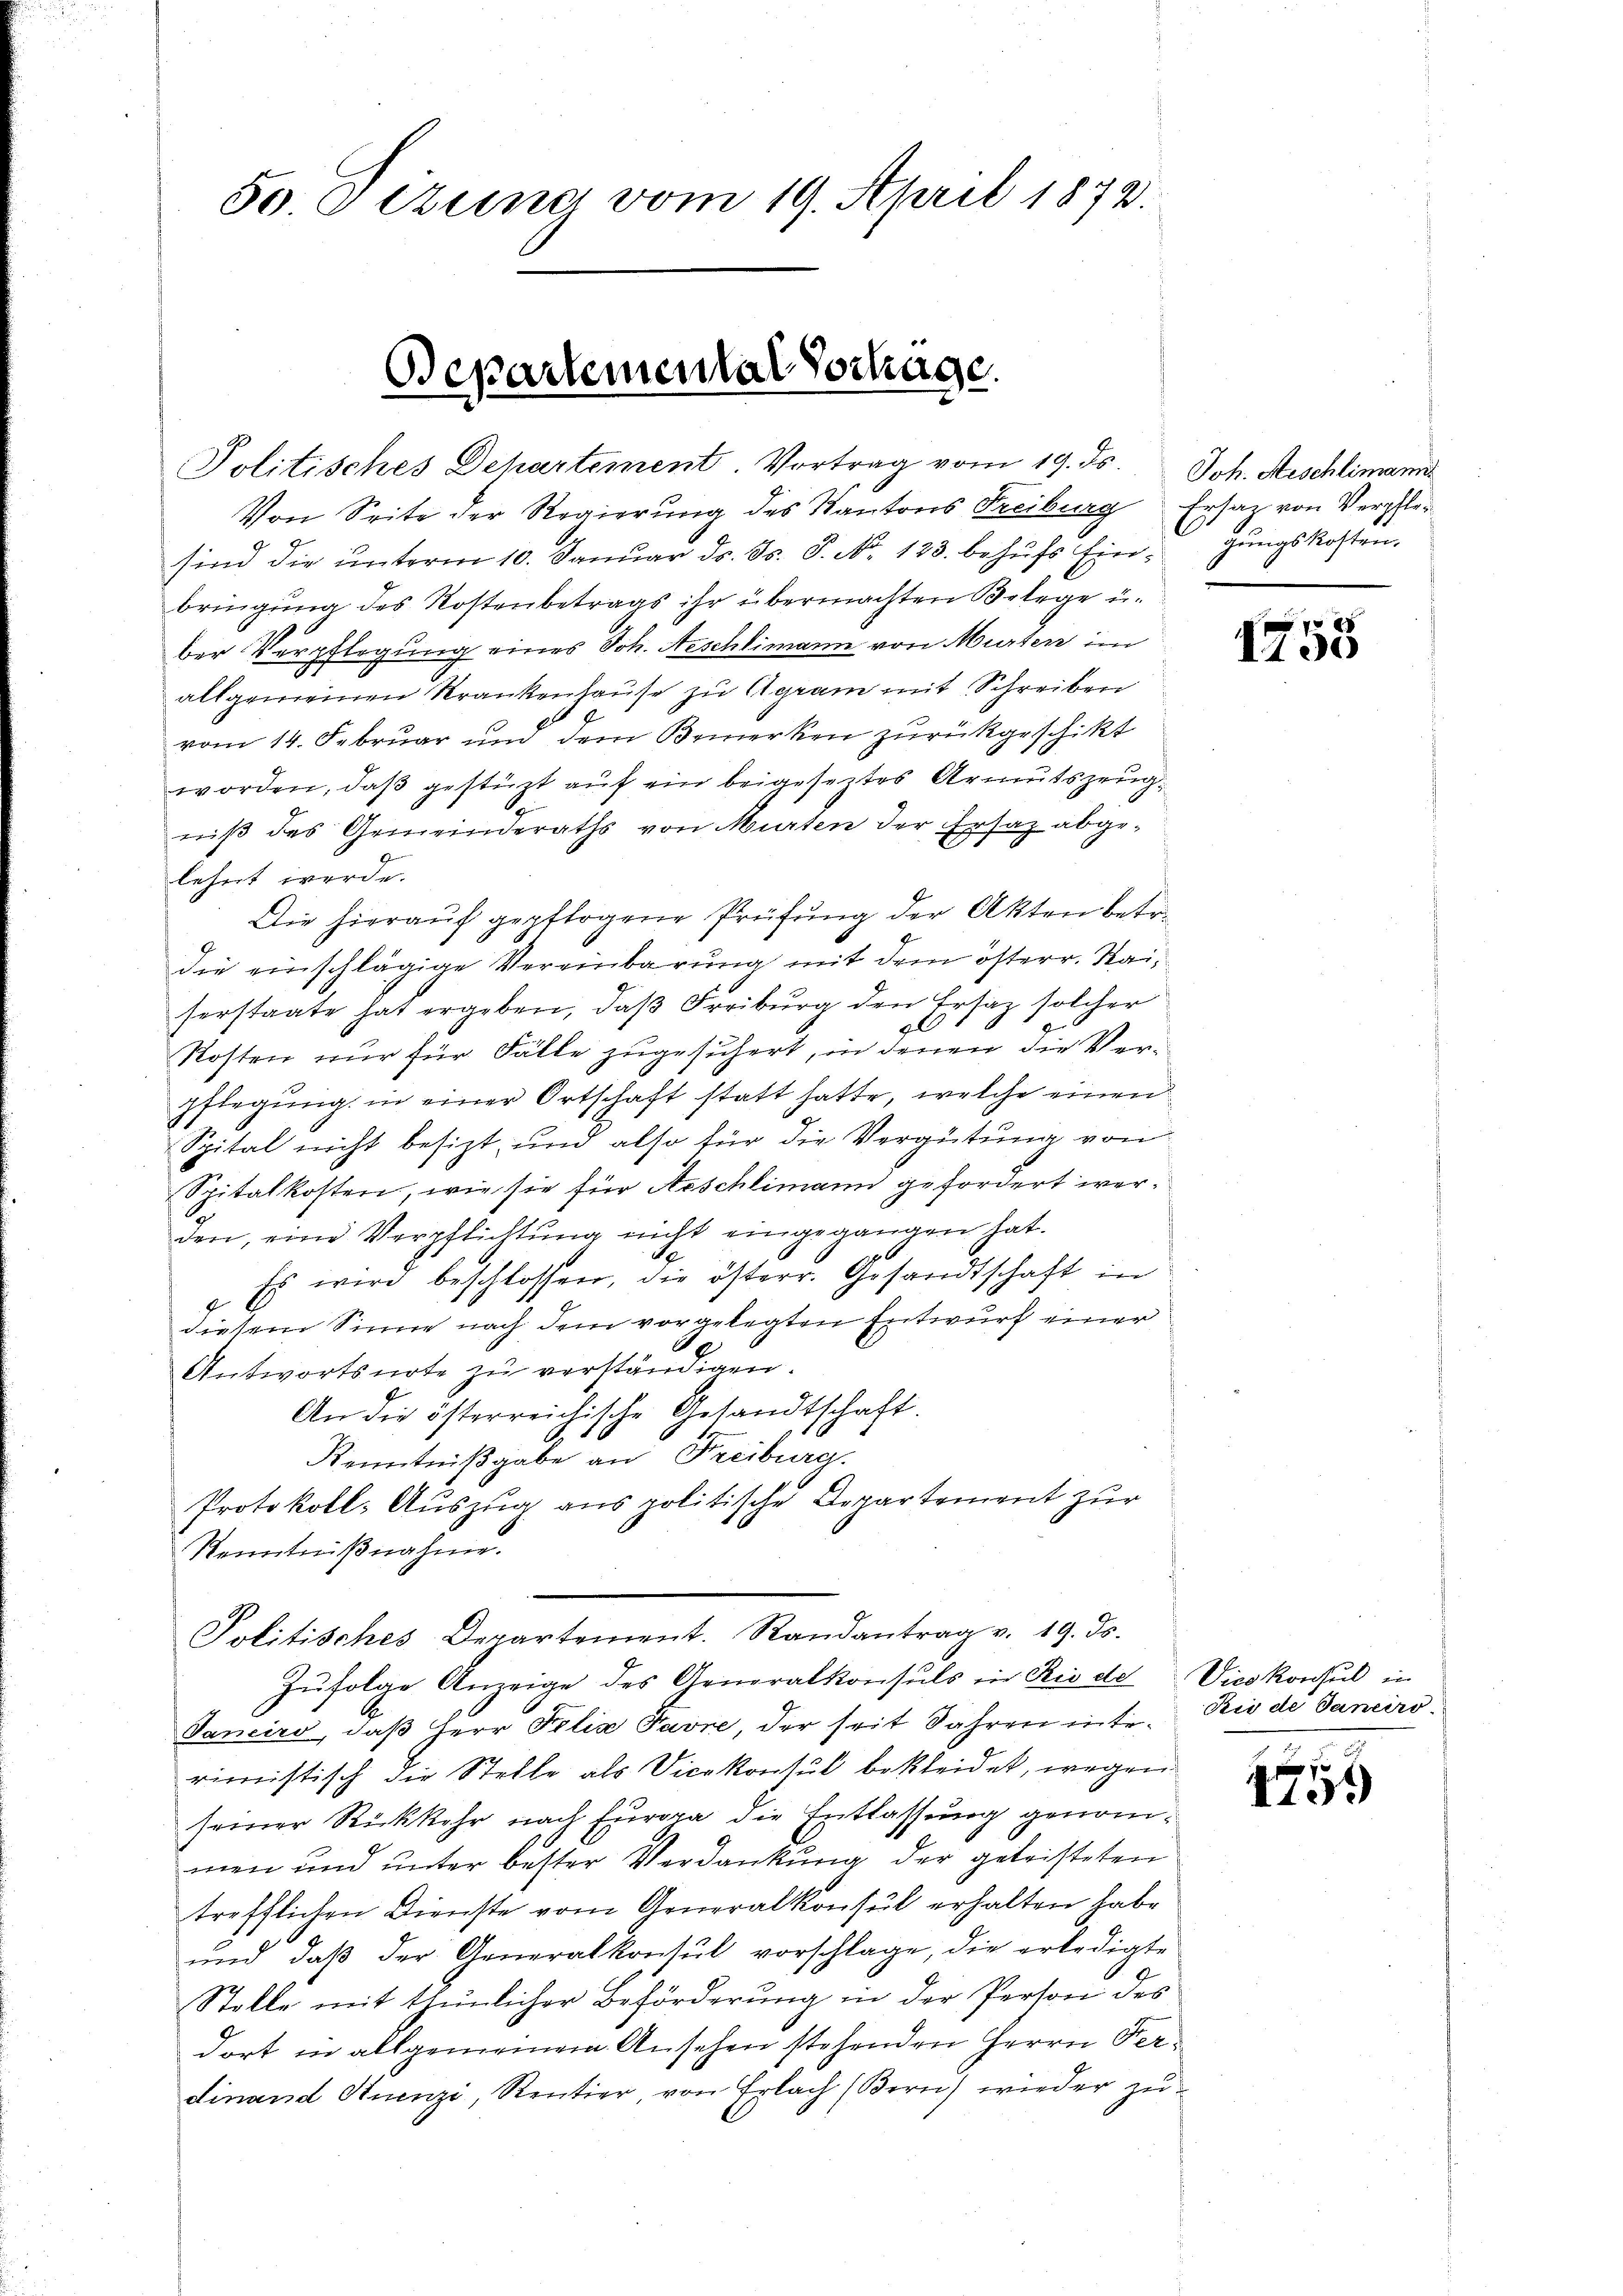
50. Sitzung vom 19. April 1872.

Politisches Dehartement. Vortrag vom 19. ds.
Von Seite der Regierŭng des Kantons Freiburg Ersatz von Verpflesind die ŭnterm 10. Janŭar ds. ds. S. N. 123. behŭfs Eingŭngskosten
bringung des Kostenbetrags ihr übermachten Belege u.
ber Verpflegung eines Joh. Aeschlimann von Murten im
allgemeinen Krankenhause zu Agram mit Schreiben
vom 14. Februar und dem Bemerken zurückgeschikt
worden, daß gestüzt auf ein beigeseztes Armutszeugniß des Gemeinderaths von Murten der Ersaz abgelehnt werde.
Die hieraŭf gepflogene Prüfung der Akten betr.
die einschlägige Vereinbarung mit dem österr. Kaiserstaate hat ergeben, daß Freiburg den Ertaz solcher
.
20
Kosten nur für Fälle zugesichert, in denen die Verpflegung in einer Ortschaft statt hatte, welche einen
Spital nicht besizt, und also für die Vergütung von
Spitalkosten, wie sie für Aeschlimann gefordert werden, eine Verpflichtung nicht eingegangen hat.
Es wird beschlossen, die österr. Gesandtschaft in
diesem Sinne nach dem vorgelegten Entwurf einer
Antwortsnote zu verständigen.
An die österreichische Gesandtschaft.
Kenntnißgabe an Freiburg.
Protokoll-Auszug aus politische Departement zur
Kenntnißnahme.
Politisches Departement. Randantrag v. 19. ds.
Zŭfolge Anzeige des Generalkonsuls in Rio de Vicekonsul in
Janeiro, daβ Herr Felix Favre, der seit Jahren inte. Rio de Janeirorimistisch die Stelle als Vicekonsul bekleidet, wegen
seiner Rückkehr nach Europa die Entlassung genommen und unter bester Verdankung der geleisteten
trefflichen Dienste vom Generalkonsul erhalten habe
ŭnd daβ der Generalkonsul vorschlage, die erledigte
Stelle mit thunlicher Beförderung in der Person des
dort in allgemeinem Ansehen stehenden Herrn Perdinand Stuenzi, Rentier von Erlach (Bern) wieder zu

Bepartemental Vorhage

Joh. Aeschlimann

1755

1
119.)